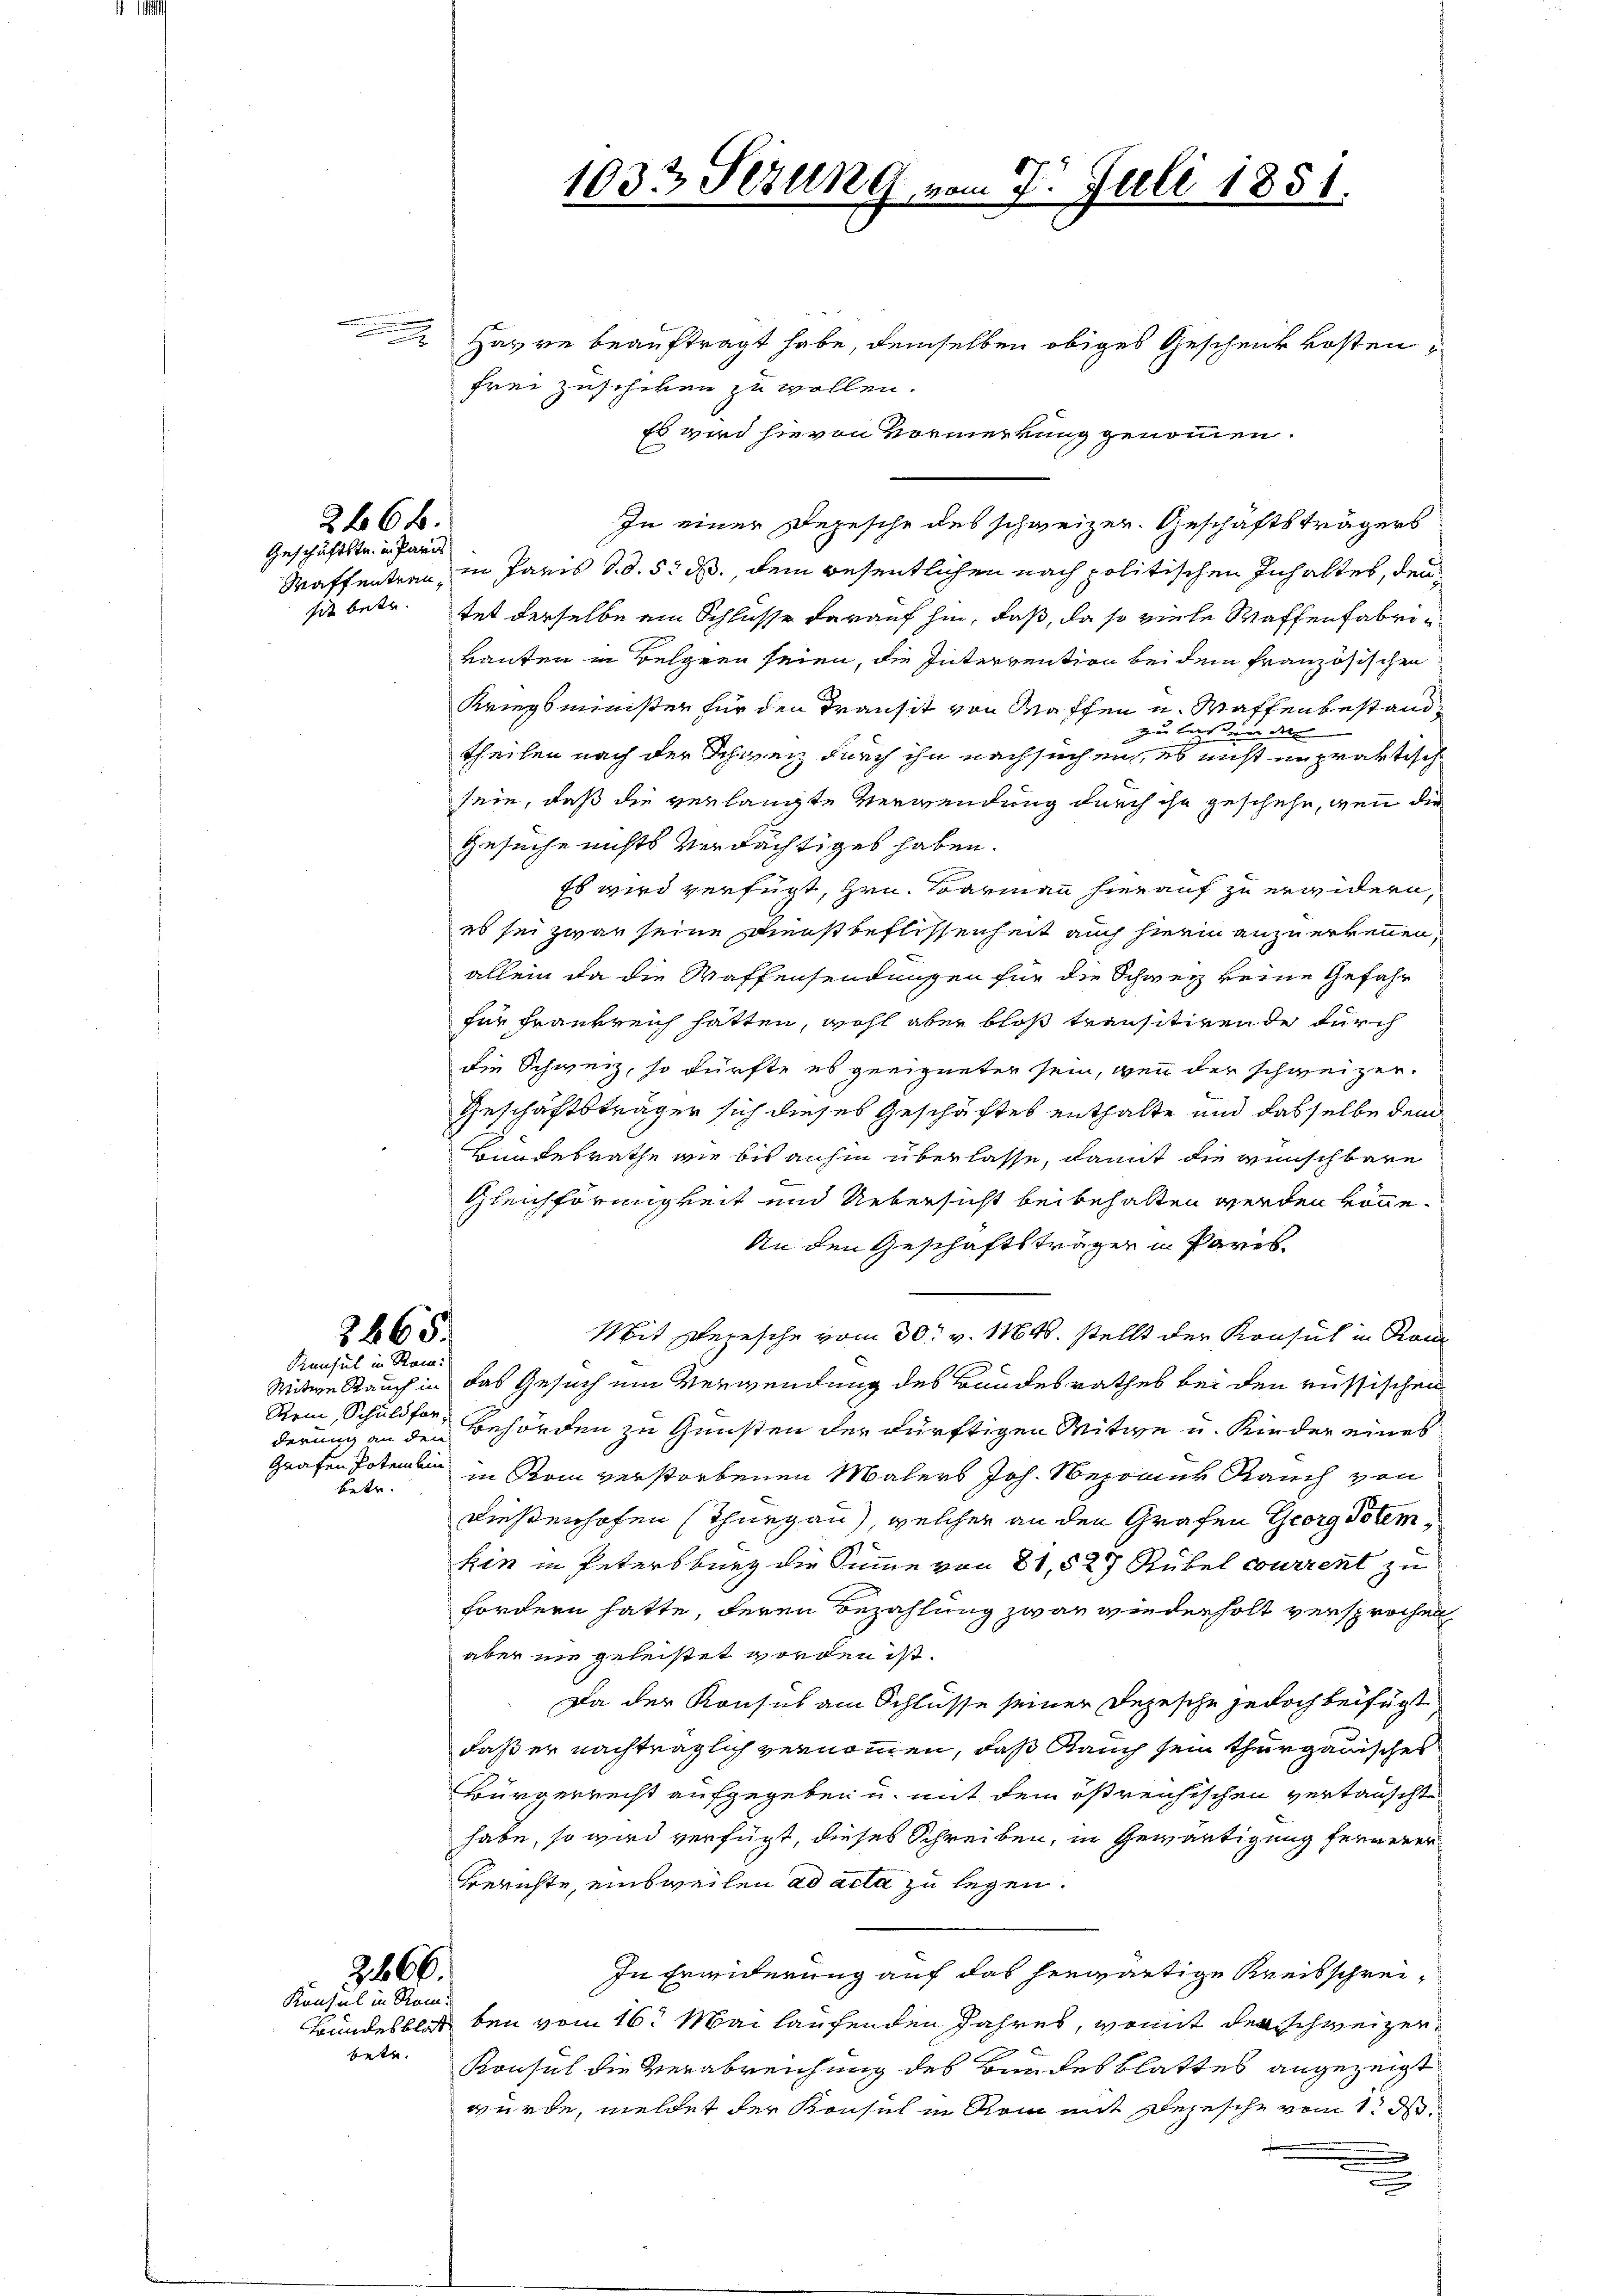
sit betr.

2468.
Geschäftstr. in Paris

2465.
Konsul in Ran

Stein, Schuldfor-
betr.

366
Konsul in Remu

betr.

Havre beauftragt habe, demselben obiges Geschenk kosten
frei zuschien zu wollen.
Es wird hievon Vormerkung genommen.
In einer Depesche des schweizer. Geschäftsträgers
Maffentran, in Paris d. d. 5. ds. dem wesentlichen nach politischen Inhaltet, dentet derselbe ein Schlüsse darauf hin, daß, da so viele Waffenfabrikanten in Belgern seien, die Intervention bei dem französischen
Kriegsminister für den Transit von Waffen u. Waffenbestandzu laßen den
theilen nach der Schweiz durch ihn nachsuchen, es nicht unpraktische
sein, daß die verlangte Verwendung durch ihr geschehe, wenn die
Gesuche nichts verdächtiges haben.
Es wird verfügt, Hrn. Barmann hierauf zu erwidern,
es sei zwar seine Dienstbeflissenheit auch hierin anzuerkennen,
allein da die Waffensendungen für die Schweiz keine Gefahr
für Frankreich hatten, wohl aber blos transitirende durch
die Schweiz, so dürfte es geeigneter sein, wenn der schweizer¬
Geschäftsträger sich dieses Geschäftes enthalte und dasselbe dem
Bundesrathe wie bis anhin überlasse, damit die wünschbare
Gleichförmigkeit und Uebersicht beibehalten werden könne.
An den Geschäftsträger in Paris,
Mit Depesche vom 30. v. 164. stellt der Konsul in Rom
Witwe Rauch in das Gesuch ein Verwendung des Bundesrathes bei den russischen
derung an den Behörden zu Gunsten der dürftigen Mitwe u. Rieder eines
Grafen Potember in Rom verstorbenen Malers Joh. Sepraus Rauch von
Dießenhofen (Thurgau), welcher an den Grafen Georg dotem
hin in Petersburg die Summe von 81, 527 Rubel courrent zu
fordern hatte, deren Bezahlung zwar wiederholt versprochen
aber nie geleistet worden ist.
Da der Konsus am Schlüsse seiner Depesche jedoch beifügt
daß er nachträglich vernommen, daß Rauch sein thurgauisches
Bürgerrecht aufgegeben u. mit dem östreichischen vertauscht
habe, so wird verfügt, dieses Schreiben, in Gewärtigung fernerer¬
Berichte, einsweilen ad acta zu legen.
In Erwiderung auf das herwärtige Kreisschrei¬
Bundesblat bei vom 16. Mai laufenden Jahres, womit der schweizer¬
Konsul die Verabreichung des Bundesblattes angezeigt
wurde, meldet der Konsul in Rom mit Depesche vom 1. ds.

1033 Sizung vom 7. Juli 1851.